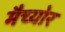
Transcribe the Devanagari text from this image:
मैच्योर